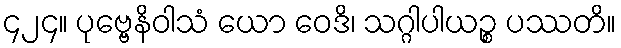
၄၂၄။ ပုဗ္ဗေနိဝါသံ ယော ဝေဒိ၊ သဂ္ဂါပါယဉ္စ ပဿတိ။